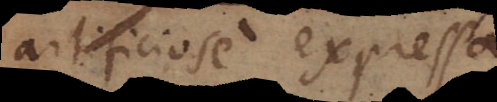
artificiose expressa